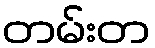
တမ်းတ